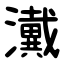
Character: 瀻